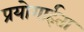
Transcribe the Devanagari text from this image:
प्रयोगार्हता